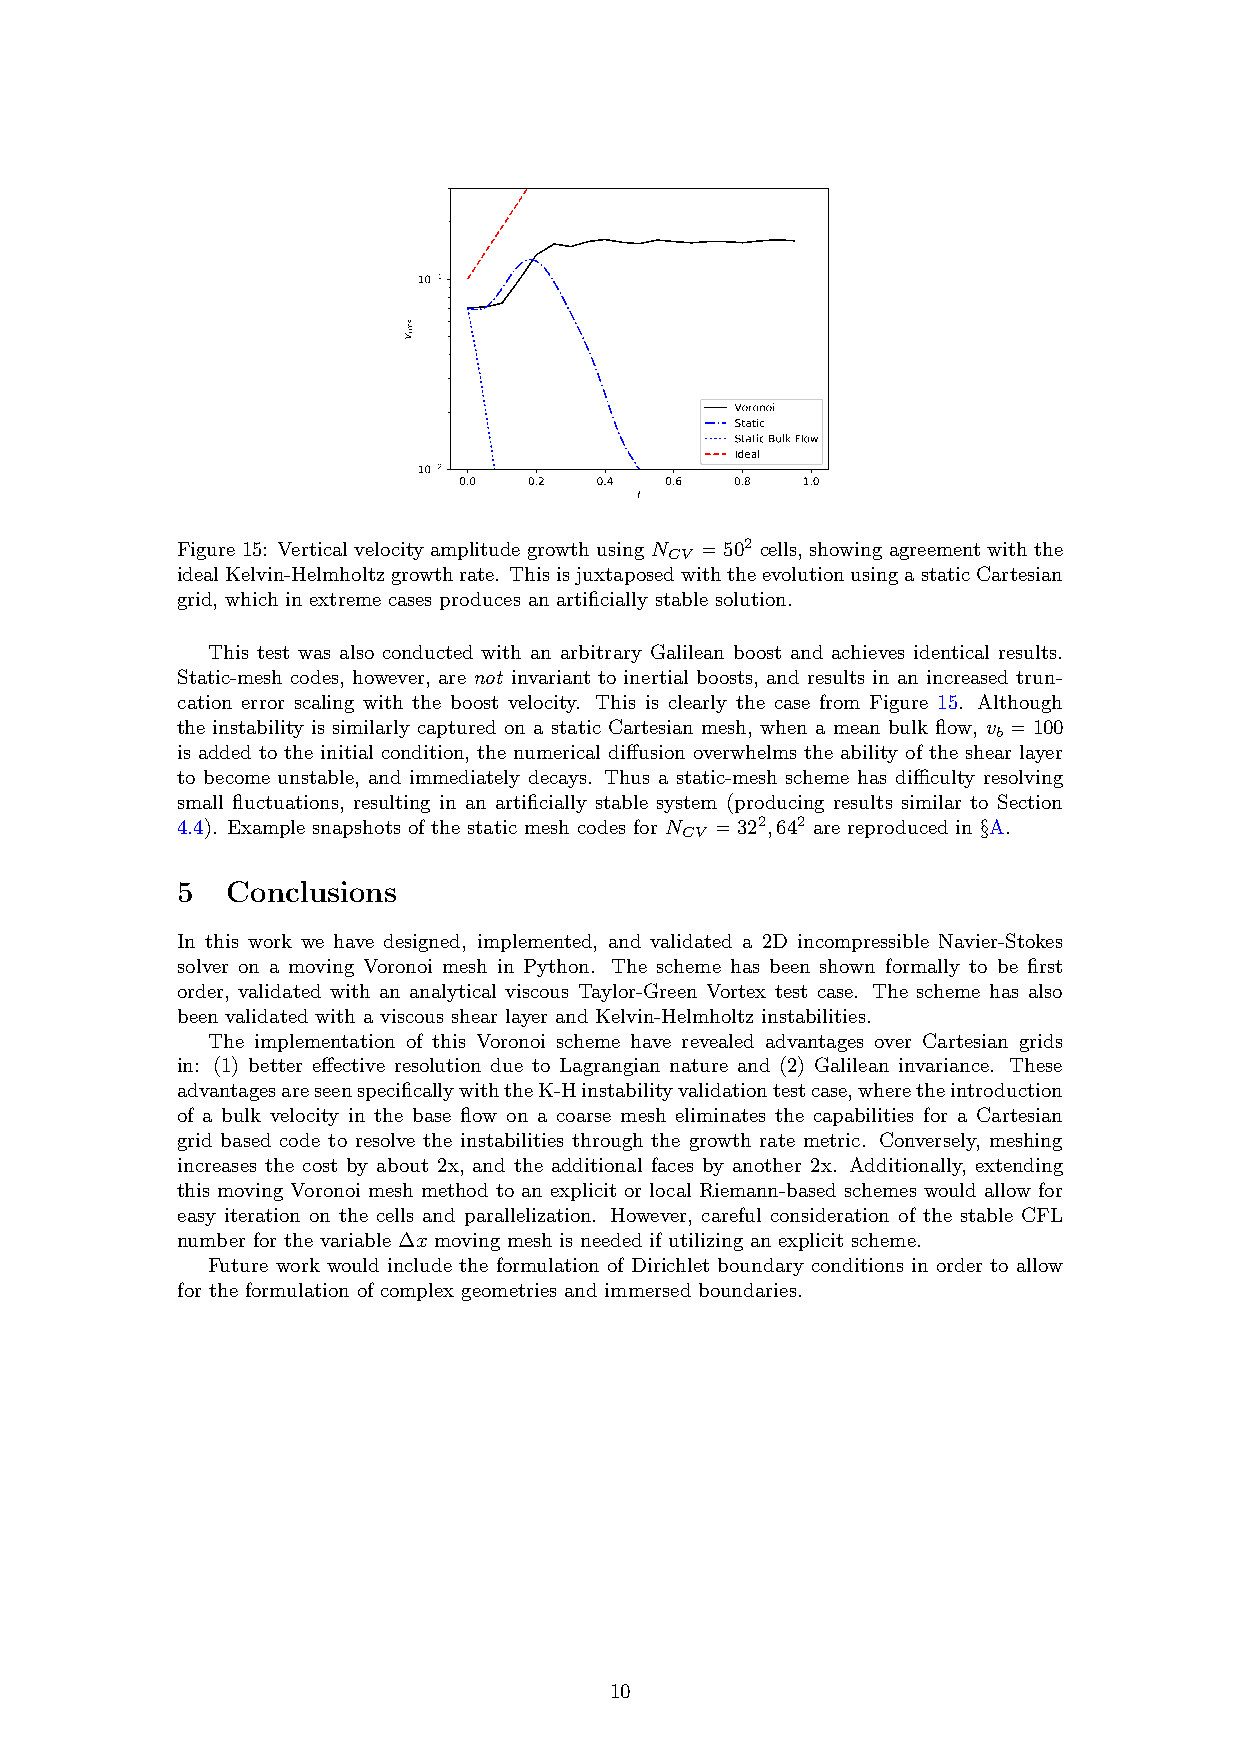
10−1
 Voronoi
 Static
 Static Bulk Flow
 Ideal
 10−2
 0.0  0.2 0.4  0.6  0.8 1.0
 t
 Figure 15: Vertical velocity amplitude growth using N =502 cells, showing agreement with the
 CV
 idealKelvin-Helmholtzgrowthrate. ThisisjuxtaposedwiththeevolutionusingastaticCartesian
 grid, which in extreme cases produces an artificially stable solution.
 This test was also conducted with an arbitrary Galilean boost and achieves identical results.
 Static-mesh codes, however, are not invariant to inertial boosts, and results in an increased trun-
 cation error scaling with the boost velocity. This is clearly the case from Figure 15. Although
 the instability is similarly captured on a static Cartesian mesh, when a mean bulk flow, v =100
 b
 is added to the initial condition, the numerical diffusion overwhelms the ability of the shear layer
 to become unstable, and immediately decays. Thus a static-mesh scheme has difficulty resolving
 small fluctuations, resulting in an artificially stable system (producing results similar to Section
 4.4). Example snapshots of the static mesh codes for N =322,642 are reproduced in §A.
 CV
 5  Conclusions
 In this work we have designed, implemented, and validated a 2D incompressible Navier-Stokes
 solver on a moving Voronoi mesh in Python. The scheme has been shown formally to be first
 order, validated with an analytical viscous Taylor-Green Vortex test case. The scheme has also
 been validated with a viscous shear layer and Kelvin-Helmholtz instabilities.
 The implementation of this Voronoi scheme have revealed advantages over Cartesian grids
 in: (1) better effective resolution due to Lagrangian nature and (2) Galilean invariance. These
 advantagesareseenspecificallywiththeK-Hinstabilityvalidationtestcase,wheretheintroduction
 of a bulk velocity in the base flow on a coarse mesh eliminates the capabilities for a Cartesian
 grid based code to resolve the instabilities through the growth rate metric. Conversely, meshing
 increases the cost by about 2x, and the additional faces by another 2x. Additionally, extending
 this moving Voronoi mesh method to an explicit or local Riemann-based schemes would allow for
 easy iteration on the cells and parallelization. However, careful consideration of the stable CFL
 number for the variable ∆x moving mesh is needed if utilizing an explicit scheme.
 Future work would include the formulation of Dirichlet boundary conditions in order to allow
 for the formulation of complex geometries and immersed boundaries.
 10
 smrv